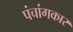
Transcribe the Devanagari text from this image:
पंचांगकार